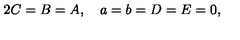
2 C = B = A , \quad a = b = D = E = 0 ,